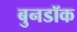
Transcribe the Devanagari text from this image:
बुनडॉक